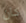
كان